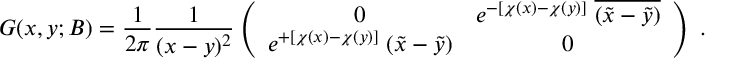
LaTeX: G ( x , y ; B ) = \frac { 1 } { 2 \pi } \frac { 1 } { ( x - y ) ^ { 2 } } \left( \begin{array} { c c } { { 0 } } & { { e ^ { - [ \chi ( x ) - \chi ( y ) ] } \; \overline { { { ( \tilde { x } - \tilde { y } ) } } } } } \\ { { e ^ { + [ \chi ( x ) - \chi ( y ) ] } \; ( \tilde { x } - \tilde { y } ) } } & { { 0 } } \end{array} \right) \; .